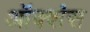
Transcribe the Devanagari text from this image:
ऑक्शंस